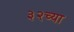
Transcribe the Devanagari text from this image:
३२च्या